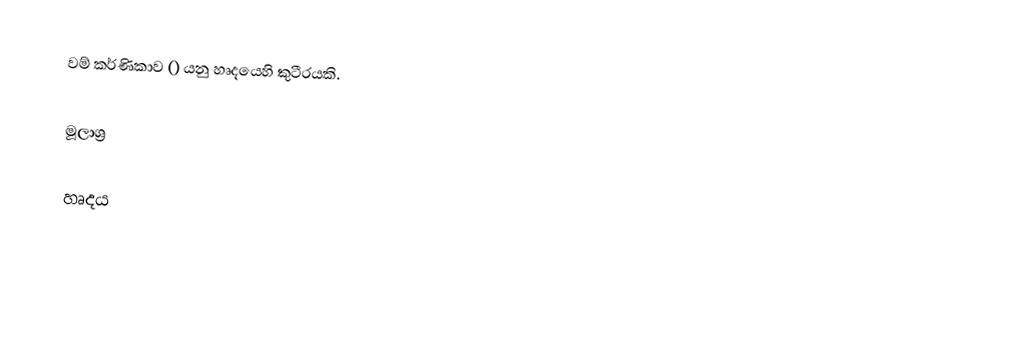
වම් කර්ණිකාව () යනු හෘදයෙහි කුටීරයකි.

මූලාශ්‍ර

හෘදය